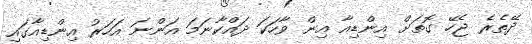
ދޭތެރެ ޖެހޭ ގޮތަށް އިންޑިއާ އިން ވާހަކަ ދައްކާނަމަ އަންނަ އަހަރު އިންޑިއާގައި